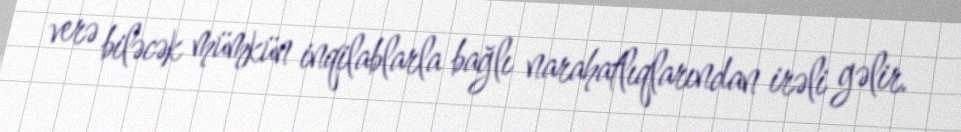
verə biləcək mümkün inqilablarla bağlı narahatlıqlarından irəli gəlir.